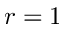
r = 1